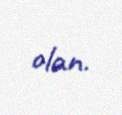
olan.